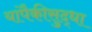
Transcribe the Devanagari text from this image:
यांपैकीसुद्धा